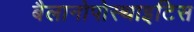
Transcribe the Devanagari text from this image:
बैलानोपोस्थाइटिस